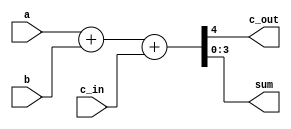
`timescale 1ns / 1ps
//////////////////////////////////////////////////////////////////////////////////
// Company: 
// Engineer: 
// 
// Design Name: 
// Module Name:    myFullAdder 
// Project Name: 
// Target Devices: 
// Tool versions: 
// Description: 
//
// Dependencies: 
//
// Revision: 
// Revision 0.01 - File Created
// Additional Comments: 
//
//////////////////////////////////////////////////////////////////////////////////
module myFullAdder(  input [3:0] a,  
                  input [3:0] b,  
                  input c_in,  
                  output c_out,  
                  output [3:0] sum);  
   assign {c_out, sum} = a + b + c_in;  
endmodule